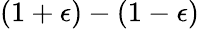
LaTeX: (1+\epsilon)-(1-\epsilon)